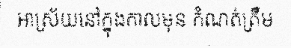
អាស្រ័យនៅក្នុងកាលមុន កំណត់ត្រឹម